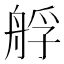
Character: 艀